Civil Veterinary Dept. Bombay admin report 1932-41 - 1932-1941
Year: 1932
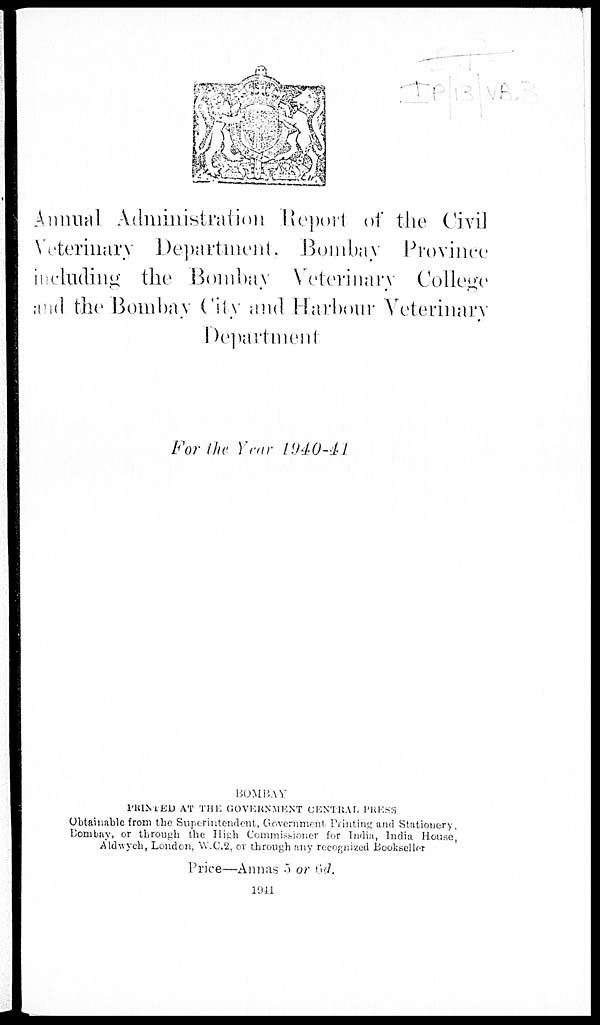
Annual Administration Report of the Civil
Veterinary Department , Bombay Province
including the Bombay Veterinary College
and the Bombay City and Harbour Veterinary
Department
For the Year 1940-41.
BOMBAY
PRINTED
AT
THE
GOVERNMENT
CENTRAL PRESS
Obtainable from the Superintendent, Government Printing and Stationery,
Bombay, or through the High Commissioner for India, India House,
Aldwych, London, W.C.2, or through any recognized Bookseller
Price—Annas 5 or 6d.
1941